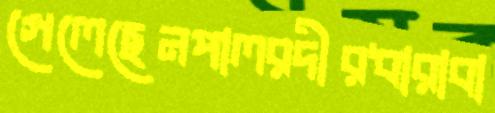
গেলেছেনপালরদীরধারাবা